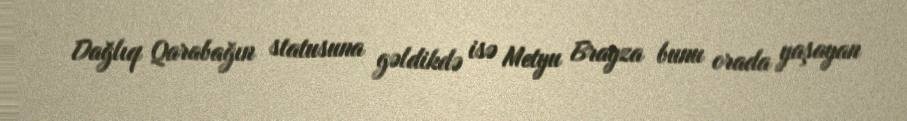
Dağlıq Qarabağın statusuna gəldikdə isə Metyu Brayza bunu orada yaşayan